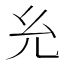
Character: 𰏯